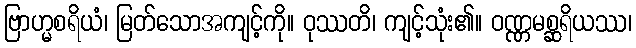
ဗြာဟ္မစရိယံ၊ မြတ်သောအကျင့်ကို။ ဝုဿတိ၊ ကျင့်သုံး၏။ ဝဏ္ဏမစ္ဆရိယဿ၊